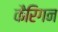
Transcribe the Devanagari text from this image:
कैरिगन